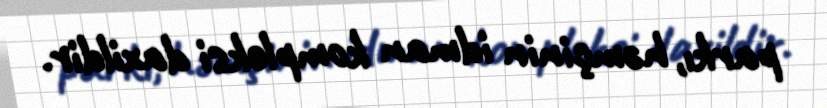
parkı, həmçinin idman kompleksi daxildir.